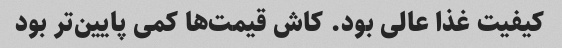
کیفیت غذا عالی بود. کاش قیمت‌ها کمی پایین‌تر بود